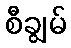
စီချွမ်